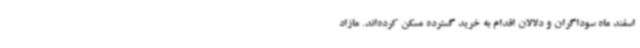
اسفند ماه سوداگران و دلالان اقدام به خرید گسترده مسکن کرده‌اند. مازاد